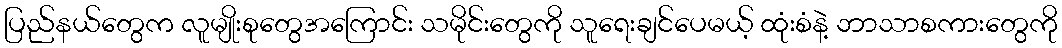
ပြည်နယ်တွေက လူမျိုးစုတွေအကြောင်း သမိုင်းတွေကို သူရေးချင်ပေမယ့် ထုံးစံနဲ့ ဘာသာစကားတွေကို